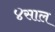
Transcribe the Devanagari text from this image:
४साल